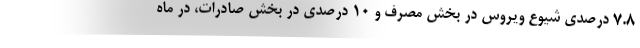
۷.۸ درصدی شیوع ویروس در بخش مصرف و ۱۰ درصدی در بخش صادرات، در ماه